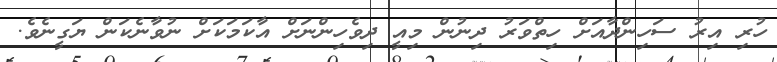
ހުރި އިރު ސަހިންދާއަށް ހިތްވަރު ދިނުން މިއީ ދިވެހިންނަށް އާކަމަކަށް ނުވާނެކަން ޔަގީނެވެ.